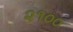
૨૧૦૦